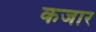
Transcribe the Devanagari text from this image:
कजार